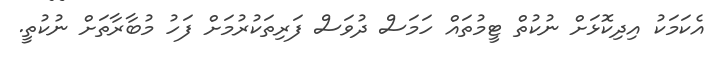
އެކަމަކު އިދިކޮޅަށް ނުކުތް ޓީމުތައް ހަމަސް ދުވަސް ފަރިތަކުރުމަށް ފަހު މުބާރާތަށް ނުކުތީ.